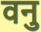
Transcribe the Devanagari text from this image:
वनु